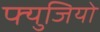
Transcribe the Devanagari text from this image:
फ्युजियो